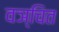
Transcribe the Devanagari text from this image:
वञ्चित